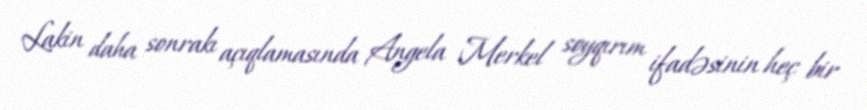
Lakin daha sonrakı açıqlamasında Angela Merkel soyqırım ifadəsinin heç bir